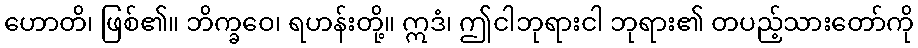
ဟောတိ၊ ဖြစ်၏။ ဘိက္ခဝေ၊ ရဟန်းတို့။ ဣဒံ၊ ဤငါဘုရားငါ ဘုရား၏ တပည့်သားတော်ကို